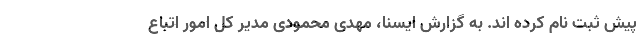
پیش ثبت نام کرده اند. به گزارش ایسنا، مهدی محمودی مدیر کل امور اتباع